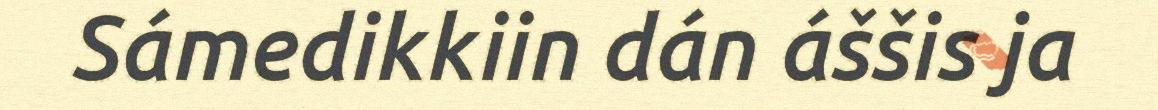
Sámedikkiin dán áššis ja